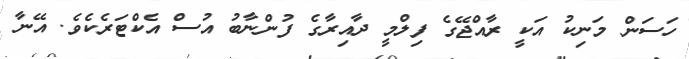
ހަސަން މަނިކު އަކީ ރާއްޖޭގެ ފިލްމީ ދާއިރާގެ ފުންނާބު އުސް އެކްޓަރެކެވެ. އޭނާ